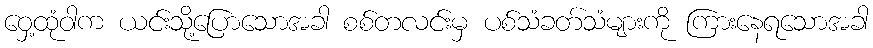
ဝှေ့ထုံဝါက ယင်းသို့ပြောသောအခါ စစ်တလင်းမှ ပစ်သံခတ်သံများကို ကြားနေရသောအခါ